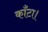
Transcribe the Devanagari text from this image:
काँटा।